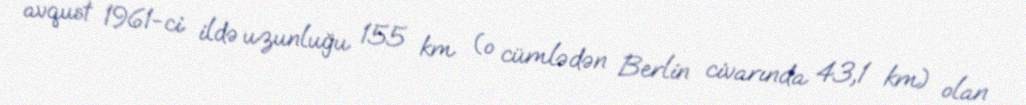
avqust 1961-ci ildə uzunluğu 155 km (o cümlədən Berlin civarında 43,1 km) olan